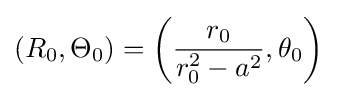
\left(R_{0},\Theta _{0}\right)=\left({\frac {r_{0}}{r_{0}^{2}-a^{2}}},\theta _{0}\right)